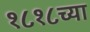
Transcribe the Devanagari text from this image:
१८१८च्या